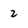
Character: 2